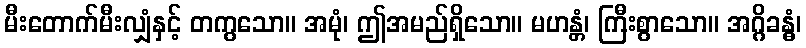
မီးတောက်မီးလျှံနှင့် တကွသော။ အမုံ၊ ဤအမည်ရှိသော။ မဟန္တံ၊ ကြီးစွာသော။ အဂ္ဂိခန္ဓံ၊